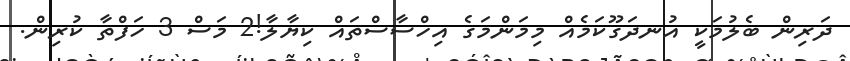
ދަރިން ބެލުމަކީ އުނދަގޫކަމެއް މިމަންމަގެ އިހްސާސްތައް ކިޔާލާ!2 މަސް 3 ހަފްތާ ކުރިން.